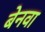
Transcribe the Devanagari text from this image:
बेनवा